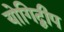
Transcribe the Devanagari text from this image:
योगिद्वीप